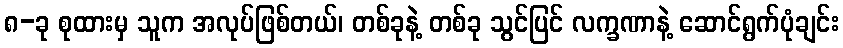
၈-ခု စုထားမှ သူက အလုပ်ဖြစ်တယ်၊ တစ်ခုနဲ့ တစ်ခု သွင်ပြင် လက္ခဏာနဲ့ ဆောင်ရွက်ပုံချင်း